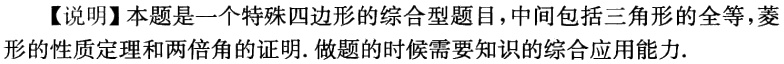
【说明】本题是一个特殊四边形的综合型题目，中间包括三角形的全等，菱形的性质定理和两倍角的证明.做题的时候需要知识的综合应用能力.